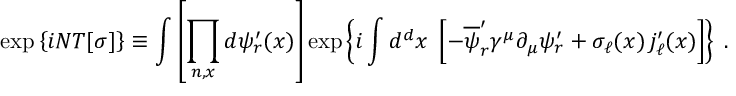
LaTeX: \exp \left\{ i N T [ \sigma ] \right\} \equiv \int \left[ \prod _ { n , x } d \psi _ { r } ^ { \prime } ( x ) \right] \exp \left\{ i \int d ^ { d } x \; \left[ - \overline { { { \psi } } } _ { r } ^ { \prime } \gamma ^ { \mu } \partial _ { \mu } \psi _ { r } ^ { \prime } + \sigma _ { \ell } ( x ) \, j _ { \ell } ^ { \prime } ( x ) \right] \right\} \; .